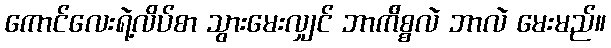
ကောင်လေးရဲ့လိပ်စာ သွားမေးလျှင် ဘာက်ိစ္စလဲ ဘာလဲ မေးမည်။